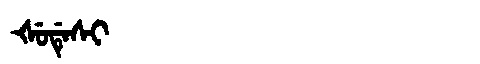
Manchu: ᡧᡠᡩᡝᠰᡳ
Romanization: ŠUDESI